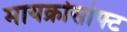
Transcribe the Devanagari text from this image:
मायक्रोसोफ्ट